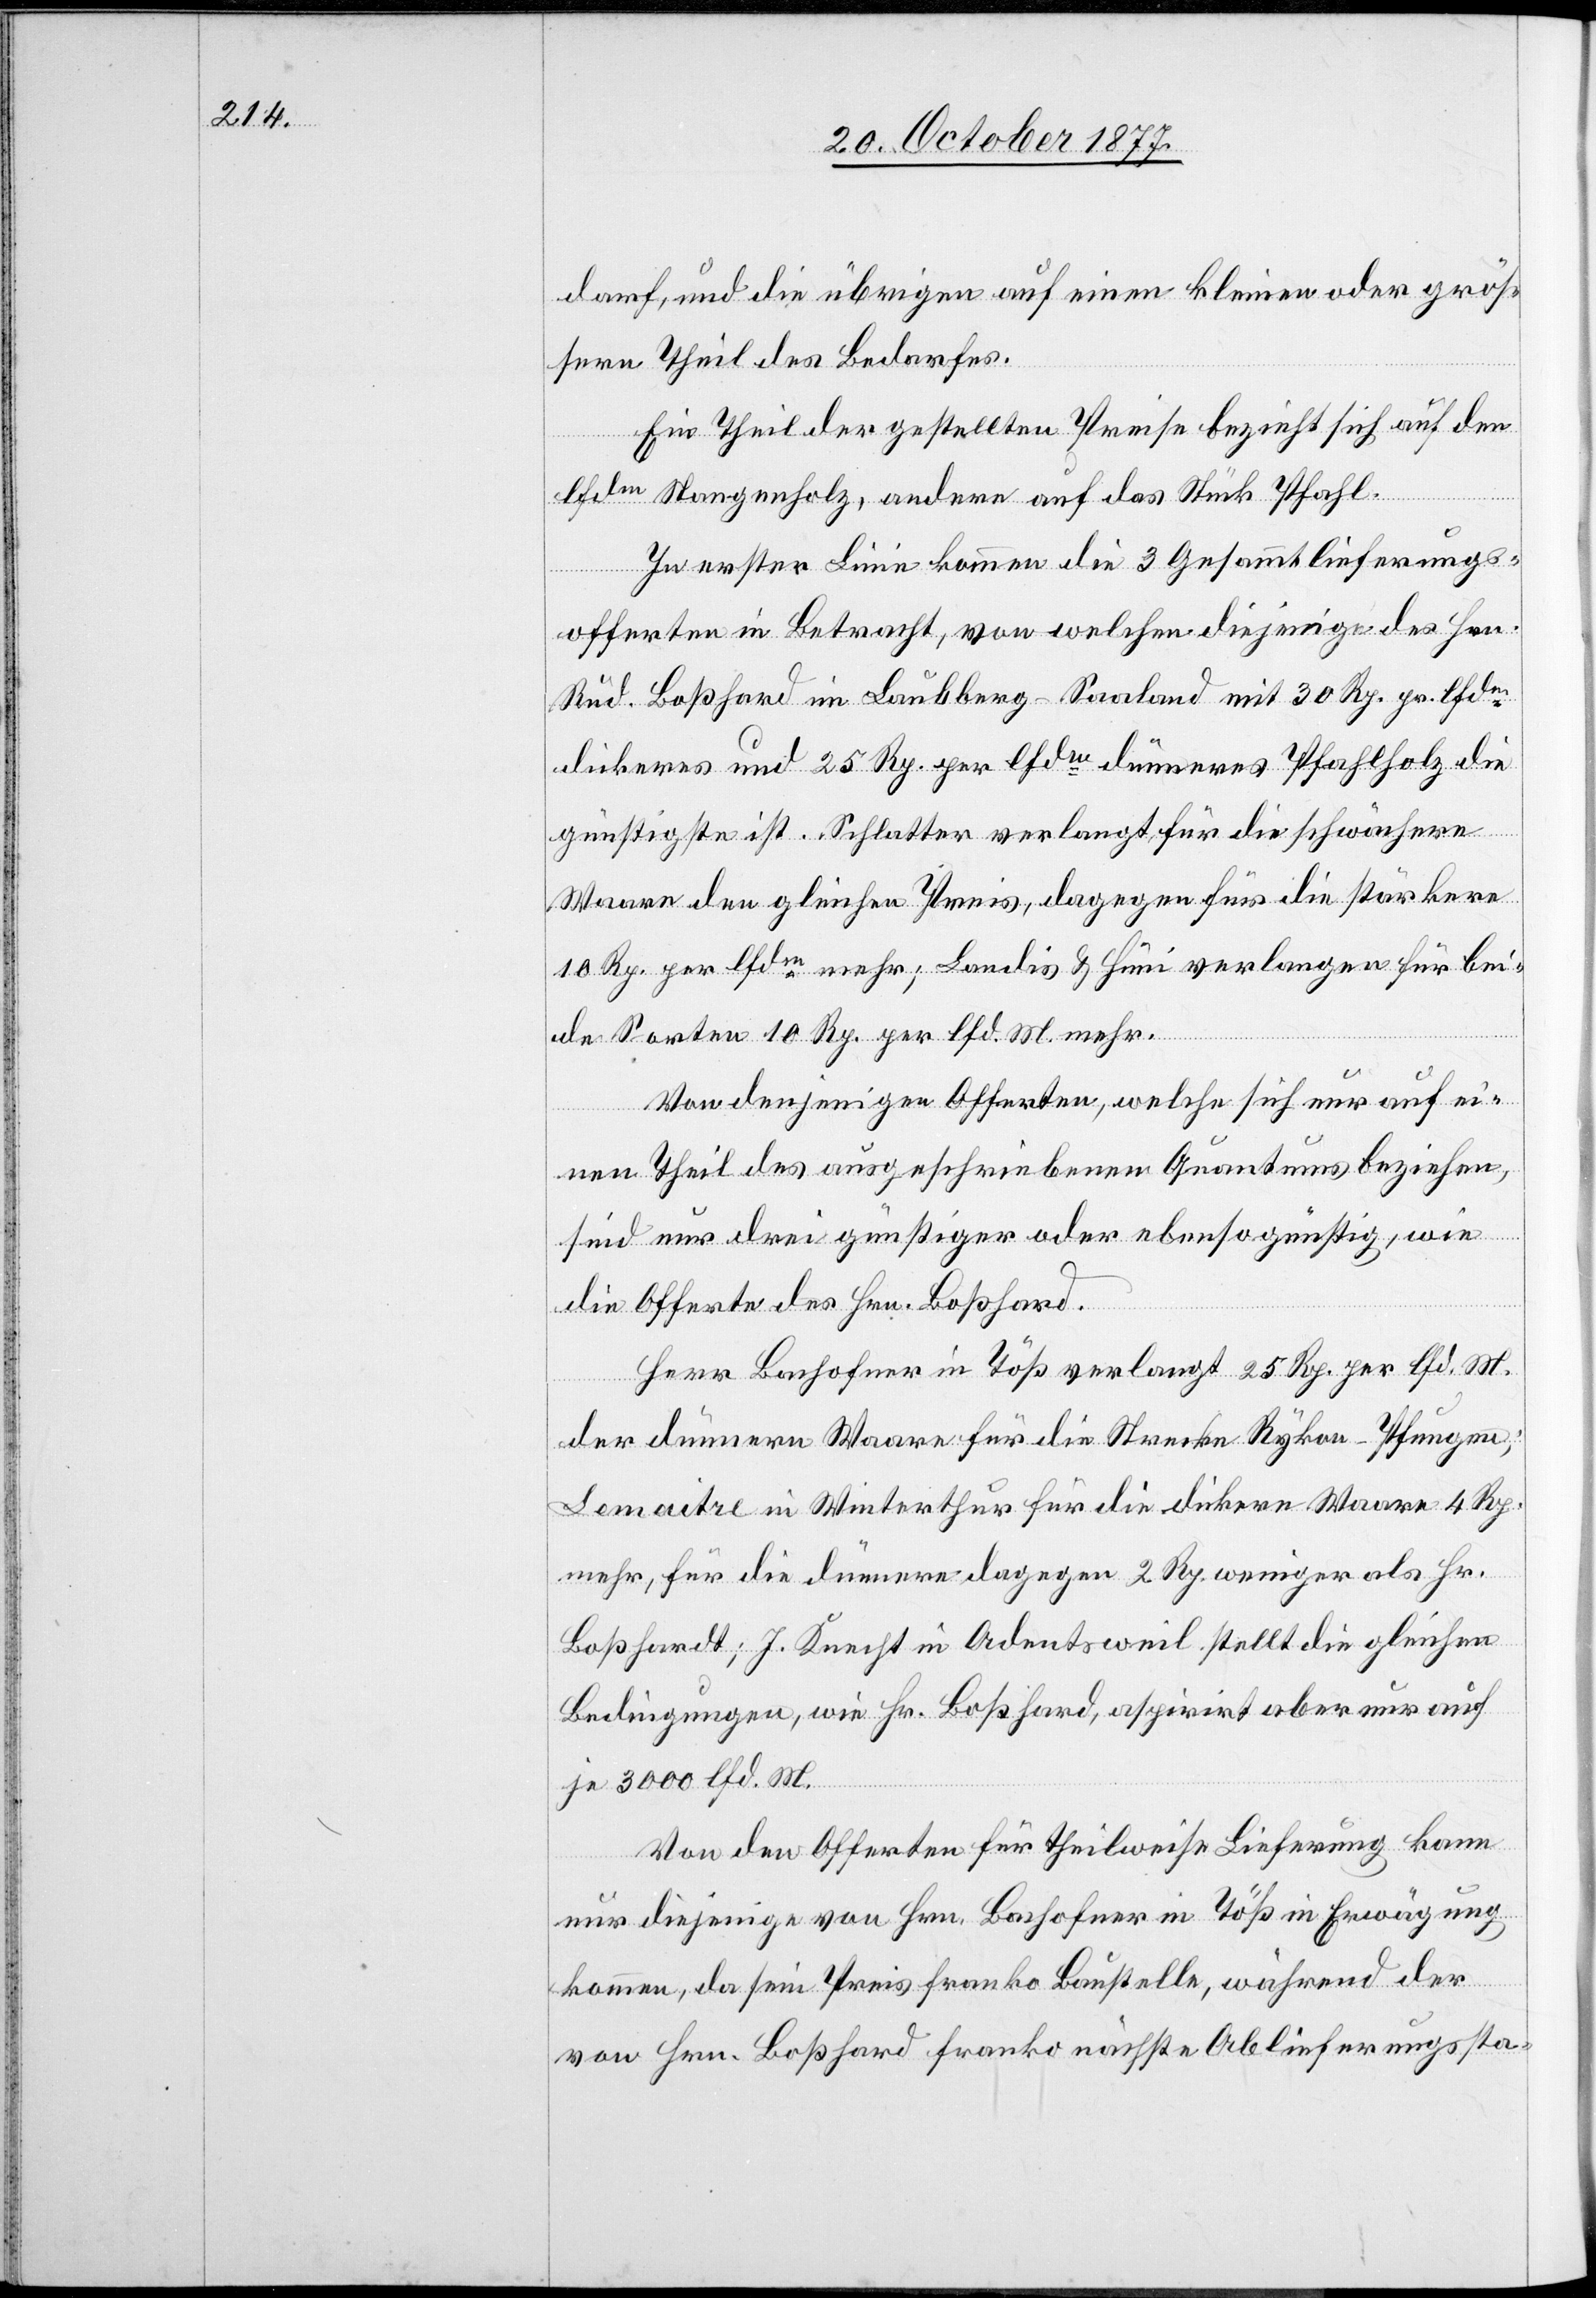
darf, und die übrigen auf einen kleinen oder grös¬
sern Theil des Bedarfes.
Ein Theil der gestellten Preise bezieht sich auf den
lfdm Stangenholz, andere auf das Stück Pfahl.
In erster Linie kommen die 3 Gesammtlieferungs¬
offerten in Betracht, von welchen diejenige des Hrn.
Rud. Boßhard im Laubberg - Saaland mit 30 Rp. pr. lfdm
dickeres und 25 Rp. per lfdm dünneres Pfahlholz die
günstigste ist. Schlatter verlangt für die schwächere
Waare den gleichen Preis, dagegen für die stärkere
10 Rp. per lfdm mehr; Landis & Hüni verlangen für bei¬
de Sorten 10 Rp. per lfd. M. mehr.
Von denjenigen Offerten, welche sich nur auf ei¬
nen Theil des ausgeschriebenen Quantums beziehen,
sind nur drei günstiger oder ebenso günstig, wie
die Offerte des Hrn. Boßhard.
Herr Bachofner in Töß verlangt 25 Rp. per lfd. M.
der dünnern Waare für die Strecke Rykon–Pfungen;
Lemaitre in Winterthur für die dickere Waare 4 Rp.
mehr, für die dünnere dagegen 2 Rp. weniger als Hr.
Boßhardt [sic!]; J. Knecht in Adentsweil stellt die gleichen
Bedingungen, wie Hr. Boßhard, aspirirt aber nur auf
je 3000 lfd. M.
Von den Offerten für theilweise Lieferung kann
nur diejenige von Hrn. Bachofner in Töß in Erwägung
kommen, da sein Preis franko Baustelle, während der
von Hrn. Boßhard franko nächste Ablieferungssta-